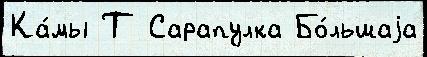
Ка́мы Т Сарапулка Бо́льшаjа